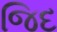
જિદ